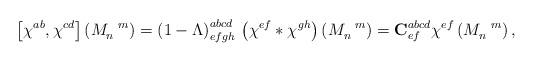
LaTeX: \begin{align*}\left[ \chi ^{ab},\chi ^{cd}\right] \left( M_{n}^{\,\,\,\,\,m}\right)=\left( 1-\Lambda \right) _{efgh}^{abcd}\,\left( \chi ^{ef}\ast \chi^{gh}\right) \left( M_{n}^{\,\,\,\,\,m}\right) ={\mathbf{C}}_{ef}^{abcd}\chi^{ef}\left( M_{n}^{\,\,\,\,\,m}\right) ,\end{align*}